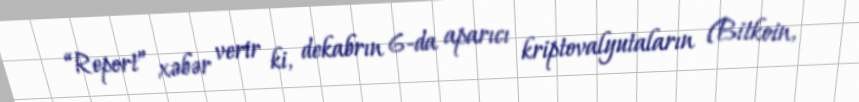
“Report” xəbər verir ki, dekabrın 6-da aparıcı kriptovalyutaların (Bitkoin,